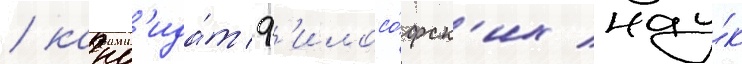
/ канд'ида́т ф'илосо́фск'их нау́к